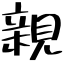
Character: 親